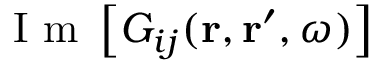
\mathrm { ~ I ~ m ~ } \left[ G _ { i j } ( \mathbf { r } , \mathbf { r } ^ { \prime } , \omega ) \right]